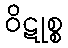
ဝိဋုစ္စ